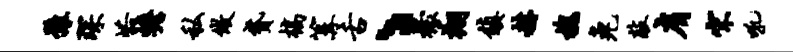
豫琛峪蟾私做贷槁篝舌丶檬翔镇赫槐兔敲肩宋吼